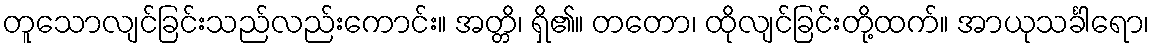
တူသောလျင်ခြင်းသည်လည်းကောင်း။ အတ္တိ၊ ရှိ၏။ တတော၊ ထိုလျင်ခြင်းတို့ထက်။ အာယုသင်္ခါရော၊